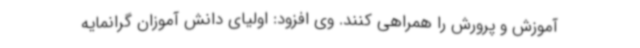
آموزش و پرورش را همراهی کنند. وی افزود: اولیای دانش آموزان گرانمایه